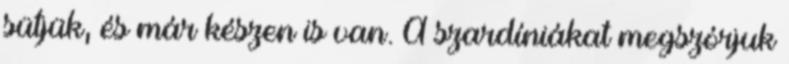
sütjük, és már készen is van. A szardíniákat megszórjuk